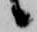
候